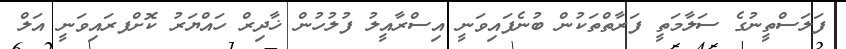
ފަލަސްތީނުގެ ސަލާމަތީ ފަރާތްތަކުން ބުނެފައިވަނީ އިސްރާއީލު ފުލުހުން ޚާދިރް ހައްޔަރު ކޮށްފރައިވަނީ އަލް